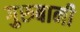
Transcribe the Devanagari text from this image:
गुरुबानी